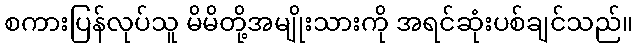
စကားပြန်လုပ်သူ မိမိတို့အမျိုးသားကို အရင်ဆုံးပစ်ချင်သည်။